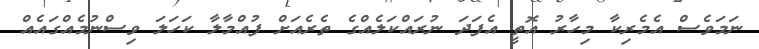
ނަމަވެސް އެމެރިކާ މިހާރު އޮތީ އެފަދަ ނުރައްކަލެއްގެ ތެރެއަށް ފުއްމާލާ ކަހަލަ ވިސްނުމެއްގައެއް